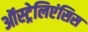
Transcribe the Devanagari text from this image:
ऑस्ट्रेलिएंसिस